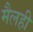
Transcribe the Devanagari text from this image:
मैलही